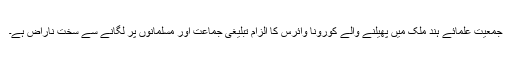
جمعیت علمائے ہند ملک میں پھیلنے والے کورونا وائرس کا الزام تبلیغی جماعت اور مسلمانوں پر لگانے سے سخت ناراض ہے۔